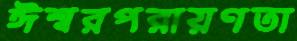
ঈশ্বরপরায়ণতা